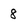
Character: 8